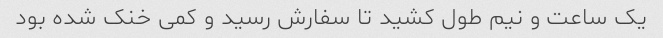
یک ساعت و نیم طول کشید تا سفارش رسید و کمی خنک شده بود